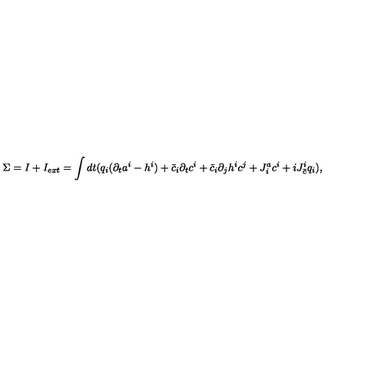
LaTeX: \Sigma = I + I _ { e x t } = \int d t ( q _ { i } ( \partial _ { t } a ^ { i } - h ^ { i } ) + \bar { c } _ { i } \partial _ { t } c ^ { i } + \bar { c } _ { i } \partial _ { j } h ^ { i } c ^ { j } + J _ { i } ^ { a } c ^ { i } + i J _ { \bar { c } } ^ { i } q _ { i } ) ,